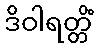
ဒိဝါရတ္တိံ